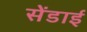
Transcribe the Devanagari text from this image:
सेंडाई